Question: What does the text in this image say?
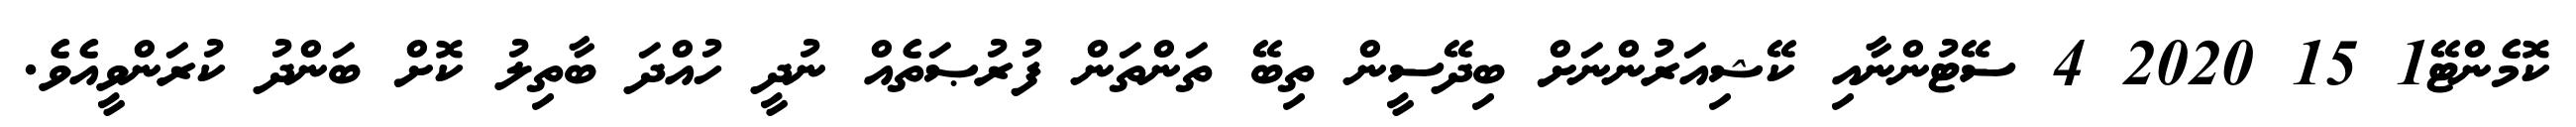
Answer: ކޮމެންޓޭ1 15 2020 4 ސޭޓުންނާއި ކޭޝިއަރުންނަށް ބިދޭސީން ތިބޭ ތަންތަން ފުރުޞަތެއް ނުދީ ހުއްދަ ބާތިލު ކޮށް ބަންދު ކުރަންވީއެވެ.